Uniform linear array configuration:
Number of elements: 24
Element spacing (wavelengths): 0.75
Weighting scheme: hann
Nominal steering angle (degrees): -60
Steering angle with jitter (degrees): -59.349
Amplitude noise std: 0.05
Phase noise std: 0.05

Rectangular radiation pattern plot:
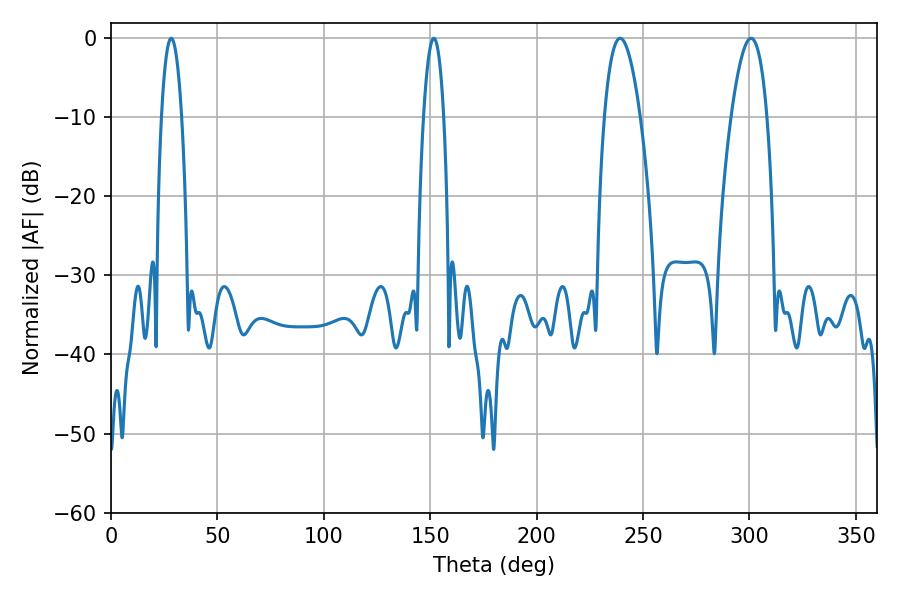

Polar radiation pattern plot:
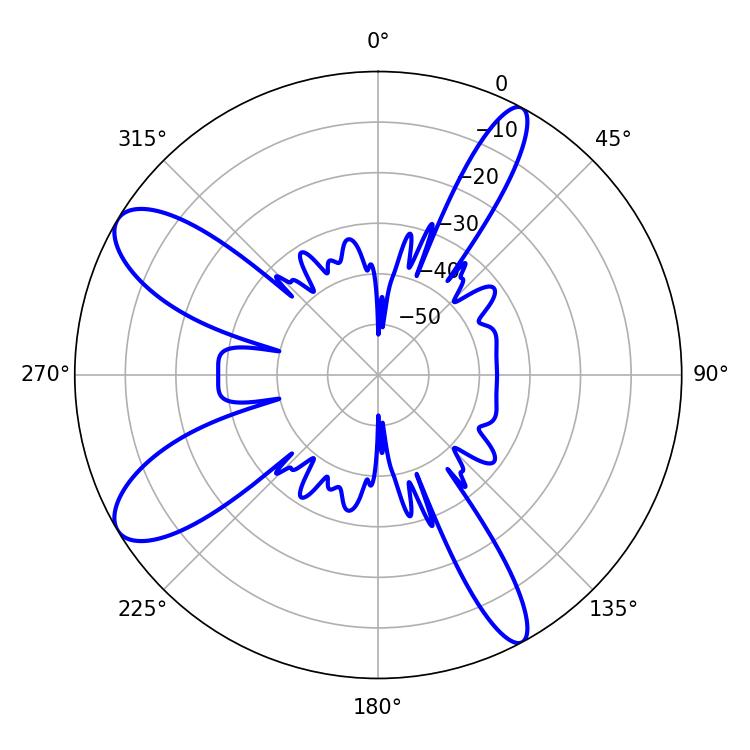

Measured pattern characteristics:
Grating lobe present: TRUE
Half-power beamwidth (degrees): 9.36
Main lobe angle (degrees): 300.78